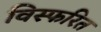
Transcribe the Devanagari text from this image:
विस्फरित